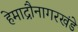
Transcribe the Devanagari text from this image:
हेमाद्रौनागरखंडे